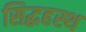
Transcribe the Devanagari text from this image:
सिद्धहस्थ